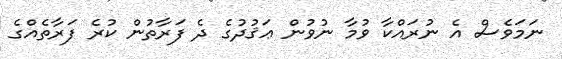
ނަމަވެސް އެ ނުރައްކާ ވުމާ ނުވުން ޢަޤުދުގެ ދެ ފަރާތުން ކުރެ ފަރާތެއްގެ